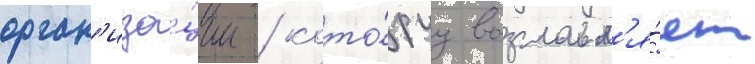
орган'иза́ции / кото́руу возглавл'я́ет